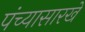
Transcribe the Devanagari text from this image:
पंच्यासारखे